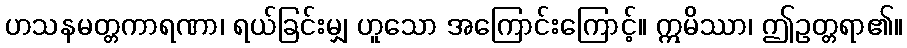
ဟသနမတ္တကာရဏာ၊ ရယ်ခြင်းမျှ ဟူသော အကြောင်းကြောင့်။ ဣမိဿာ၊ ဤဥတ္တရာ၏။